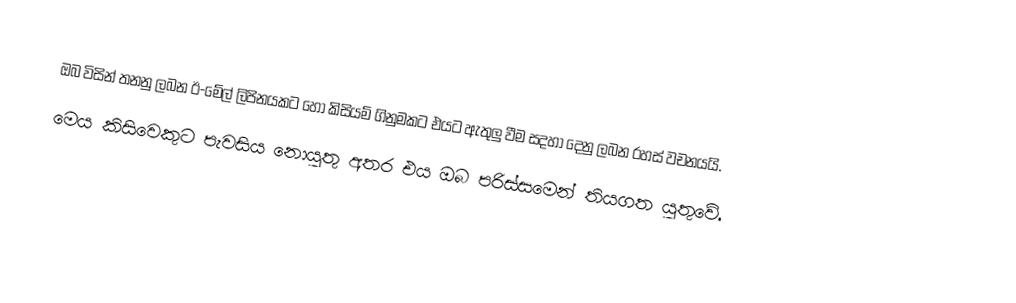
ඔබ විසින් තනනු ලබන ඊ-මේල් ලිපිනයකට හෝ කිසියම් ගිනුමකට එයට ඇතුලු වීම සදහා දෙනු ලබන රහස් වචනයයි.
මෙය කිසිවෙකුට පැවසිය නොයුතු අතර එය ඔබ පරිස්සමෙන් තියගත යුතුවේ.